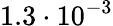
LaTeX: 1.3\cdot 10^{-3}